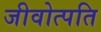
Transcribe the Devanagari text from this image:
जीवोत्पति